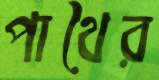
পাথৈর